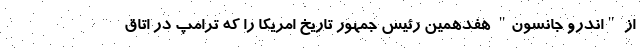
از "اندرو جانسون" هفدهمین رئیس جمهور تاریخ امریکا را که ترامپ در اتاق